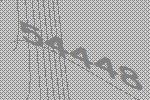
54448